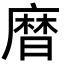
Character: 𪎗